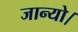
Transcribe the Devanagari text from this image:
जान्यो।